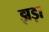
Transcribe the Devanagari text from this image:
झड़ा